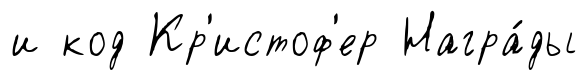
и код Кр'истоф'ер Награ́ды